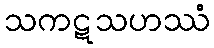
သကဋသဟဿံ